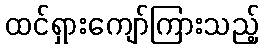
ထင်ရှားကျော်ကြားသည့်